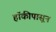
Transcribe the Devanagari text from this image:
हॉकीपासून